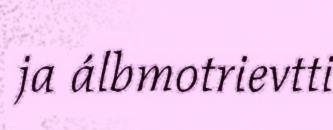
ja álbmotrievtti